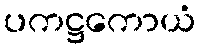
ပကဋ္ဌကောယံ